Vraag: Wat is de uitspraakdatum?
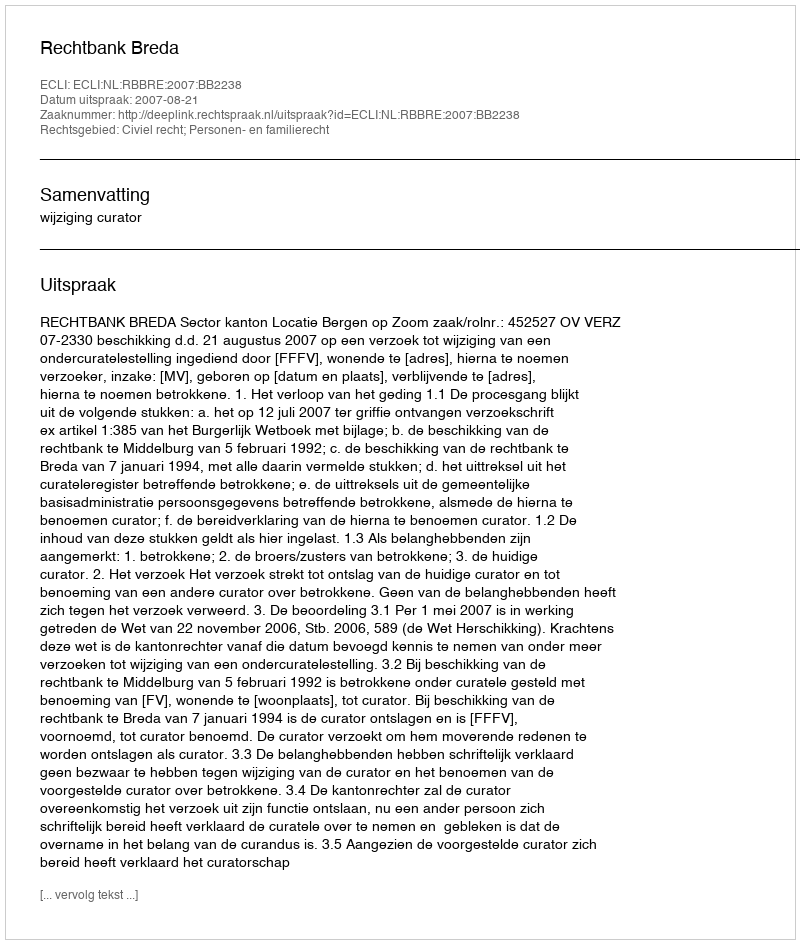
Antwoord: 2007-08-21